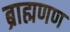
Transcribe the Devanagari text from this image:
ब्राह्मणण